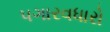
પગારવધારો